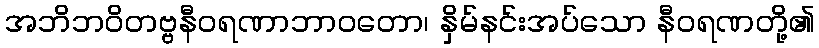
အဘိဘဝိတဗ္ဗနီဝရဏာဘာဝတော၊ နှိမ်နင်းအပ်သော နီဝရဏတို့၏